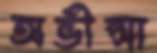
অভীপ্সা